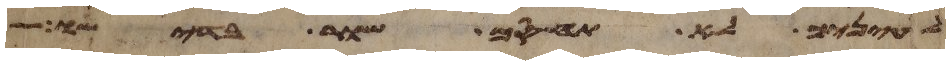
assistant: לעיניך לא תחסם שור בדישו